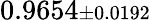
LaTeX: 0.9654{\scriptstyle\pm 0.0192}